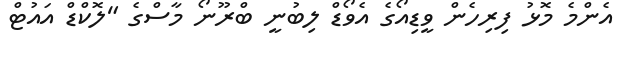
އެންމެ މޮޅު ފިރިހެން ވީޑިއޯގެ އެވޯޑް ލިބުނީ ބްރޫނޯ މާސްގެ "ލޮކްޑް އައުޓް